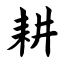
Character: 耕